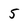
Character: 5